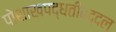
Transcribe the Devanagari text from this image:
पोशाखपद्धतीबद्दल